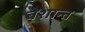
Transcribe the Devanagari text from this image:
बेशान्त